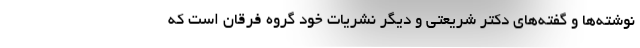
نوشته‌ها و گفته‌های دکتر شریعتی و دیگر نشریات خود گروه فرقان است که